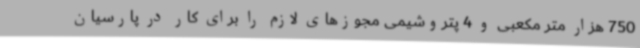
750 هزار متر مکعبی و 4 پتروشیمی مجوزهای لازم را برای کار در پارسیان